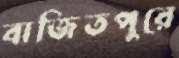
বাজিতপুরে